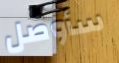
سأوصل